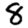
Digit: 8